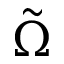
\tilde { \Omega }